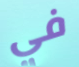
في